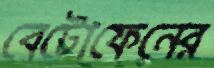
বেটোফেনের